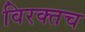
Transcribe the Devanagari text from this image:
विरक्तच